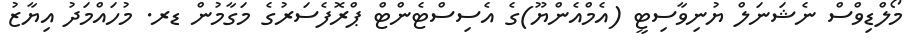
މޯލްޑިވްސް ނެޝަނަލް ޔުނިވާސިޓީ (އެމްއެންޔޫ)ގެ އެސިސްޓެންޓް ޕްރޮފެސަރުގެ މަގާމުން ޑރ. މުހައްމަދު އިޔާޒު